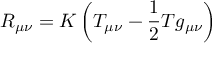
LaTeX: R _ { \mu \nu } = K \left( T _ { \mu \nu } - { \frac { 1 } { 2 } } T g _ { \mu \nu } \right)